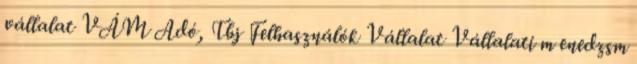
vállalat VÁM Adó, Tbj Felhasználók Vállalat Vállalati m enedzsm